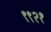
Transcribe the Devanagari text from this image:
९९२१